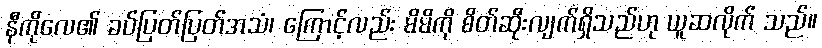
နီကိုလေ၏ ခပ်ပြတ်ပြတ်အသံ၊ ကြောင့်လည်း မိမိကို စိတ်ဆိုးလျက်ရှိသည်ဟု ယူဆလိုက် သည်။